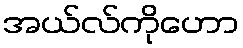
အယ်လ်ကိုဟော